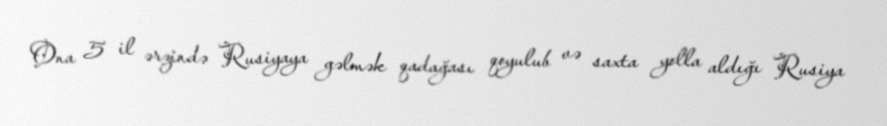
Ona 5 il ərzində Rusiyaya gəlmək qadağası qoyulub və saxta yolla aldığı Rusiya